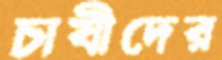
চাষীদের